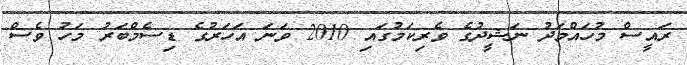
ރައީސް މުހައްމަދު ނަޝީދުގެ ވެރިކަމުގައި 2010 ވަނަ އަހަރުގެ ޑިސެމްބަރު މަހު ވެސް